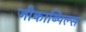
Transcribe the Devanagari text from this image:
जीकाब्पिल्स